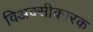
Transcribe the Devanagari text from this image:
विअक्सीकारक